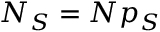
N _ { S } = N p _ { S }